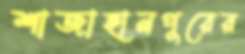
শাজাহানপুরের